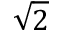
\sqrt { 2 }